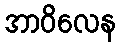
အာဝိလေန